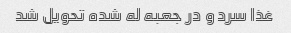
غذا سرد و در جعبه له شده تحویل شد